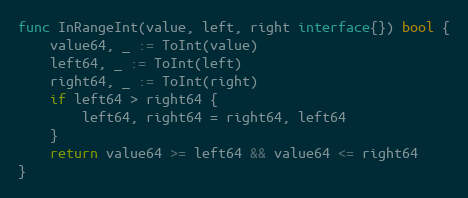
Language: Go
func InRangeInt(value, left, right interface{}) bool {
	value64, _ := ToInt(value)
	left64, _ := ToInt(left)
	right64, _ := ToInt(right)
	if left64 > right64 {
		left64, right64 = right64, left64
	}
	return value64 >= left64 && value64 <= right64
}